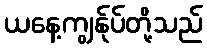
ယနေ့ကျွန်ုပ်တို့သည်